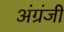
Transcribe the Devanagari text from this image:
अंग्रंजी